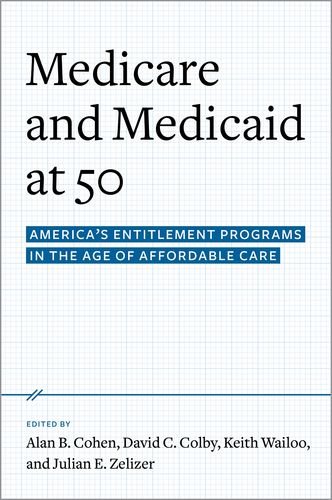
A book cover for Medicare and Medicaid at 50: America's Entitlement Programs in the Age of Affordable Care; Medical Books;